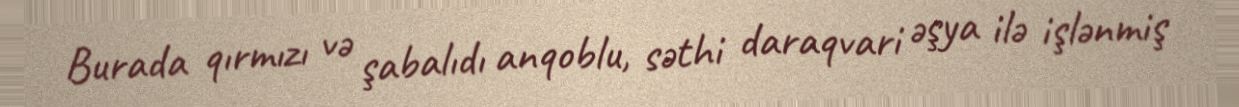
Burada qırmızı və şabalıdı anqoblu, səthi daraqvari əşya ilə işlənmiş